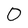
Character: 0